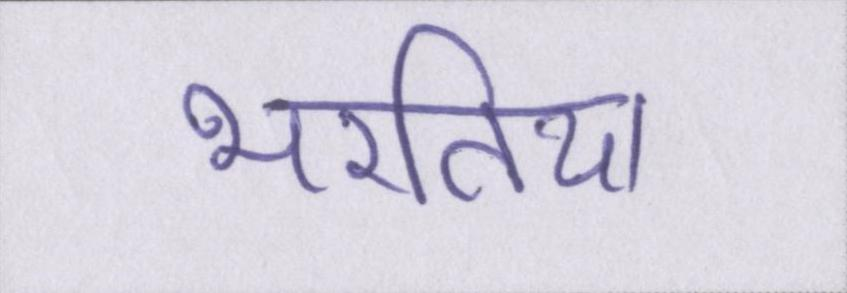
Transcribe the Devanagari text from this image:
भरतिया